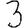
Digit: 3